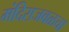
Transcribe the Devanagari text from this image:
मंदिराजवळचा